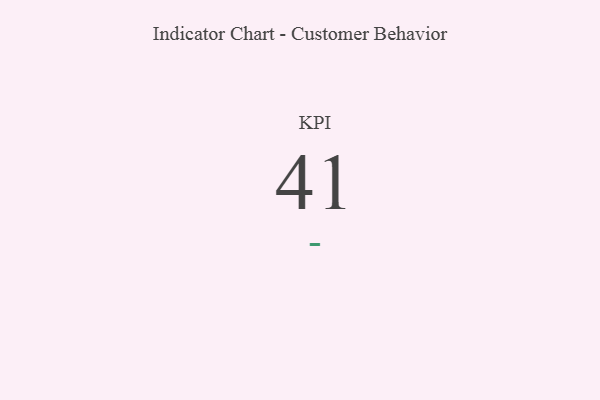
{"axis": {"x": "KPI", "y": "Value"}, "legend": [""], "data": [{"x": "KPI", "y": 41, "type": ""}]}